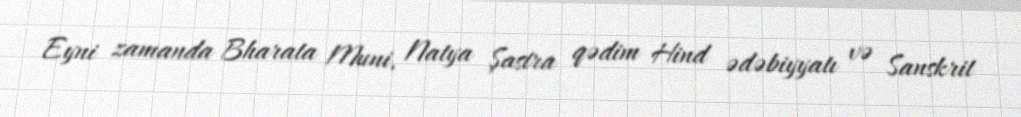
Eyni zamanda Bharata Muni, Natya Şastra qədim Hind ədəbiyyatı və Sanskrit